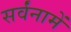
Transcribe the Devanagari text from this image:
सर्वंनामें